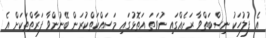
އެ ފުލުހަކު ނިސްބަތްވާ ރަށެއްގައި ނުވަތަ އަތޮޅުގައި މަސައްކަތްކުރަން ބޭނުންވާ ފަރާތްތަކަށް އެ